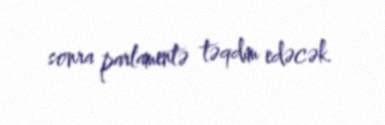
sonra parlamentə təqdim edəcək.